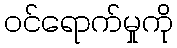
ဝင်ရောက်မှုကို